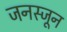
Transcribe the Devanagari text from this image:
जनस्जून